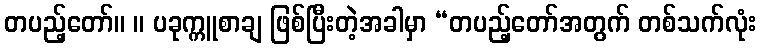
တပည့်တော်။ ။ ပခုက္ကူစာချ ဖြစ်ပြီးတဲ့အခါမှာ “တပည့်တော်အတွက် တစ်သက်လုံး